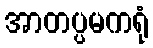
အာတပ္ပမကရုံ